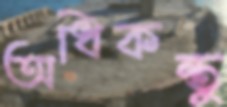
অধিকন্তু